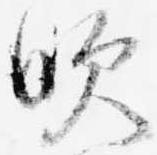
吹